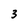
Character: 3